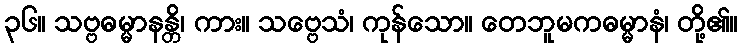
၃၆။ သဗ္ဗဓမ္မာနန္တိ၊ ကား။ သဗ္ဗေသံ၊ ကုန်သော။ တေဘူမကဓမ္မာနံ၊ တို့၏။